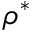
\rho ^ { * }